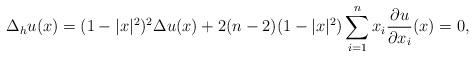
LaTeX: \begin{align*}\Delta_{h}u(x)=(1-|x|^2)^2\Delta u(x)+2(n-2)(1-|x|^2)\sum_{i=1}^{n} x_{i} \frac{\partial u}{\partial x_{i}}(x)=0,\end{align*}